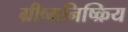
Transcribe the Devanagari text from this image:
ग्रीष्मनिष्क्रिय